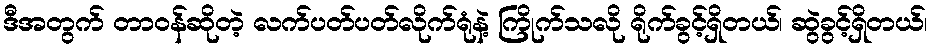
ဒီအတွက် တာဝန်ဆိုတဲ့ လက်ပတ်ပတ်လိုက်ရုံနဲ့ ကြိုက်သလို ရိုက်ခွင့်ရှိတယ်၊ ဆွဲခွင့်ရှိတယ်၊